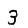
Digit: 3